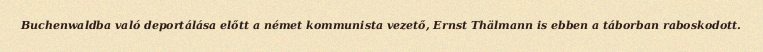
Buchenwaldba való deportálása előtt a német kommunista vezető, Ernst Thälmann is ebben a táborban raboskodott.